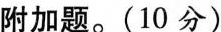
附加题。(10分)